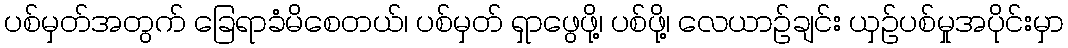
ပစ်မှတ်အတွက် ခြေရာခံမိစေတယ်၊ ပစ်မှတ် ရှာဖွေဖို့၊ ပစ်ဖို့၊ လေယာဉ်ချင်း ယှဉ်ပစ်မှုအပိုင်းမှာ